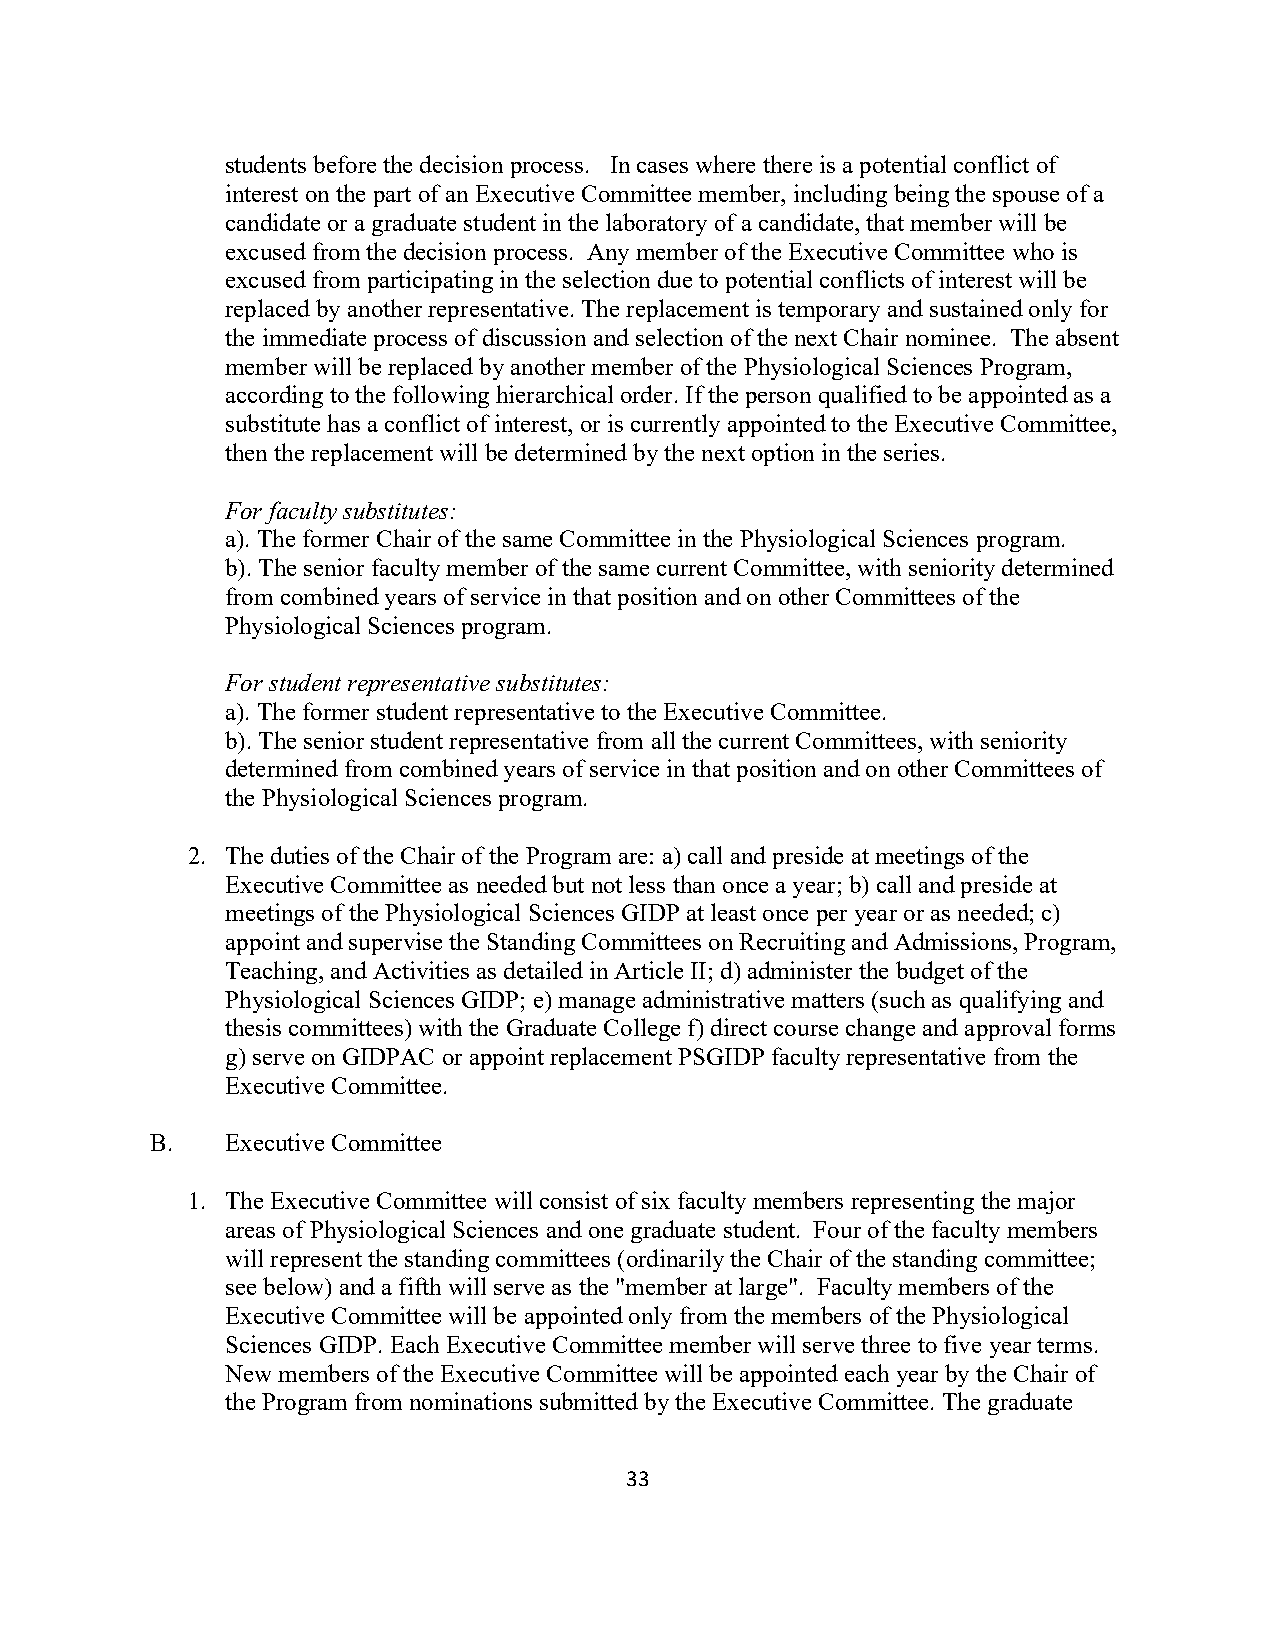
students before the decision process. In cases where there is a potential conflict of
 interest on the part of an Executive Committee member, including being the spouse of a
 candidate or a graduate student in the laboratory of a candidate, that member will be
 excused from the decision process. Any member of the Executive Committee who is
 excused from participating in the selection due to potential conflicts of interest will be
 replaced by another representative. The replacement is temporary and sustained only for
 the immediate process of discussion and selection of the next Chair nominee. The absent
 member will be replaced by another member of the Physiological Sciences Program,
 according to the following hierarchical order. If the person qualified to be appointed as a
 substitute has a conflict of interest, or is currently appointed to the Executive Committee,
 then the replacement will be determined by the next option in the series.
 For faculty substitutes:
 a). The former Chair of the same Committee in the Physiological Sciences program.
 b). The senior faculty member of the same current Committee, with seniority determined
 from combined years of service in that position and on other Committees of the
 Physiological Sciences program.
 For student representative substitutes:
 a). The former student representative to the Executive Committee.
 b). The senior student representative from all the current Committees, with seniority
 determined from combined years of service in that position and on other Committees of
 the Physiological Sciences program.
 2. The duties of the Chair of the Program are: a) call and preside at meetings of the
 Executive Committee as needed but not less than once a year; b) call and preside at
 meetings of the Physiological Sciences GIDP at least once per year or as needed; c)
 appoint and supervise the Standing Committees on Recruiting and Admissions, Program,
 Teaching, and Activities as detailed in Article II; d) administer the budget of the
 Physiological Sciences GIDP; e) manage administrative matters (such as qualifying and
 thesis committees) with the Graduate College f) direct course change and approval forms
 g) serve on GIDPAC or appoint replacement PSGIDP faculty representative from the
 Executive Committee.
 B.   Executive Committee
 1. The Executive Committee will consist of six faculty members representing the major
 areas of Physiological Sciences and one graduate student. Four of the faculty members
 will represent the standing committees (ordinarily the Chair of the standing committee;
 see below) and a fifth will serve as the "member at large". Faculty members of the
 Executive Committee will be appointed only from the members of the Physiological
 Sciences GIDP. Each Executive Committee member will serve three to five year terms.
 New members of the Executive Committee will be appointed each year by the Chair of
 the Program from nominations submitted by the Executive Committee. The graduate
 33